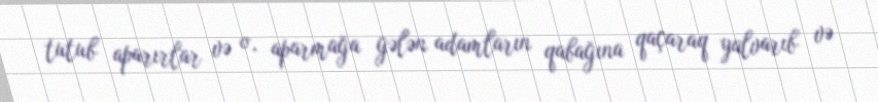
tutub aparırlar və o, aparmağa gələn adamların qabağına qaçaraq yalvarıb və